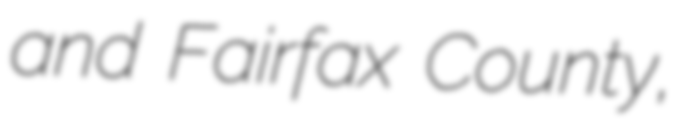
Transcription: and Fairfax County,